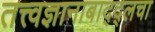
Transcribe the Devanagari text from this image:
तत्त्वज्ञानाबाद्द्लचा